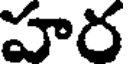
హర